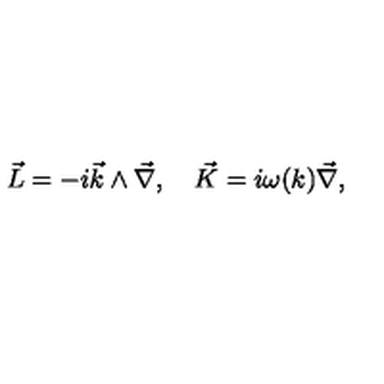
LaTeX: \vec { L } = - i \vec { k } \wedge \vec { \nabla } , \quad \vec { K } = i \omega ( k ) \vec { \nabla } ,